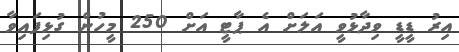
އިރު ޑީޑީ ވިދާޅުވީ އަލަށް އެ ޕާޓީ އަށް 250 މީހުން ގުޅިފައިވާ